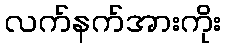
လက်နက်အားကိုး